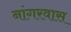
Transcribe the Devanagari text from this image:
नांगरवास